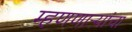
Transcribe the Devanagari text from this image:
म्हणणाऱ्यांचा